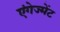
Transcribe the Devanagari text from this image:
एंगेज्मेंट